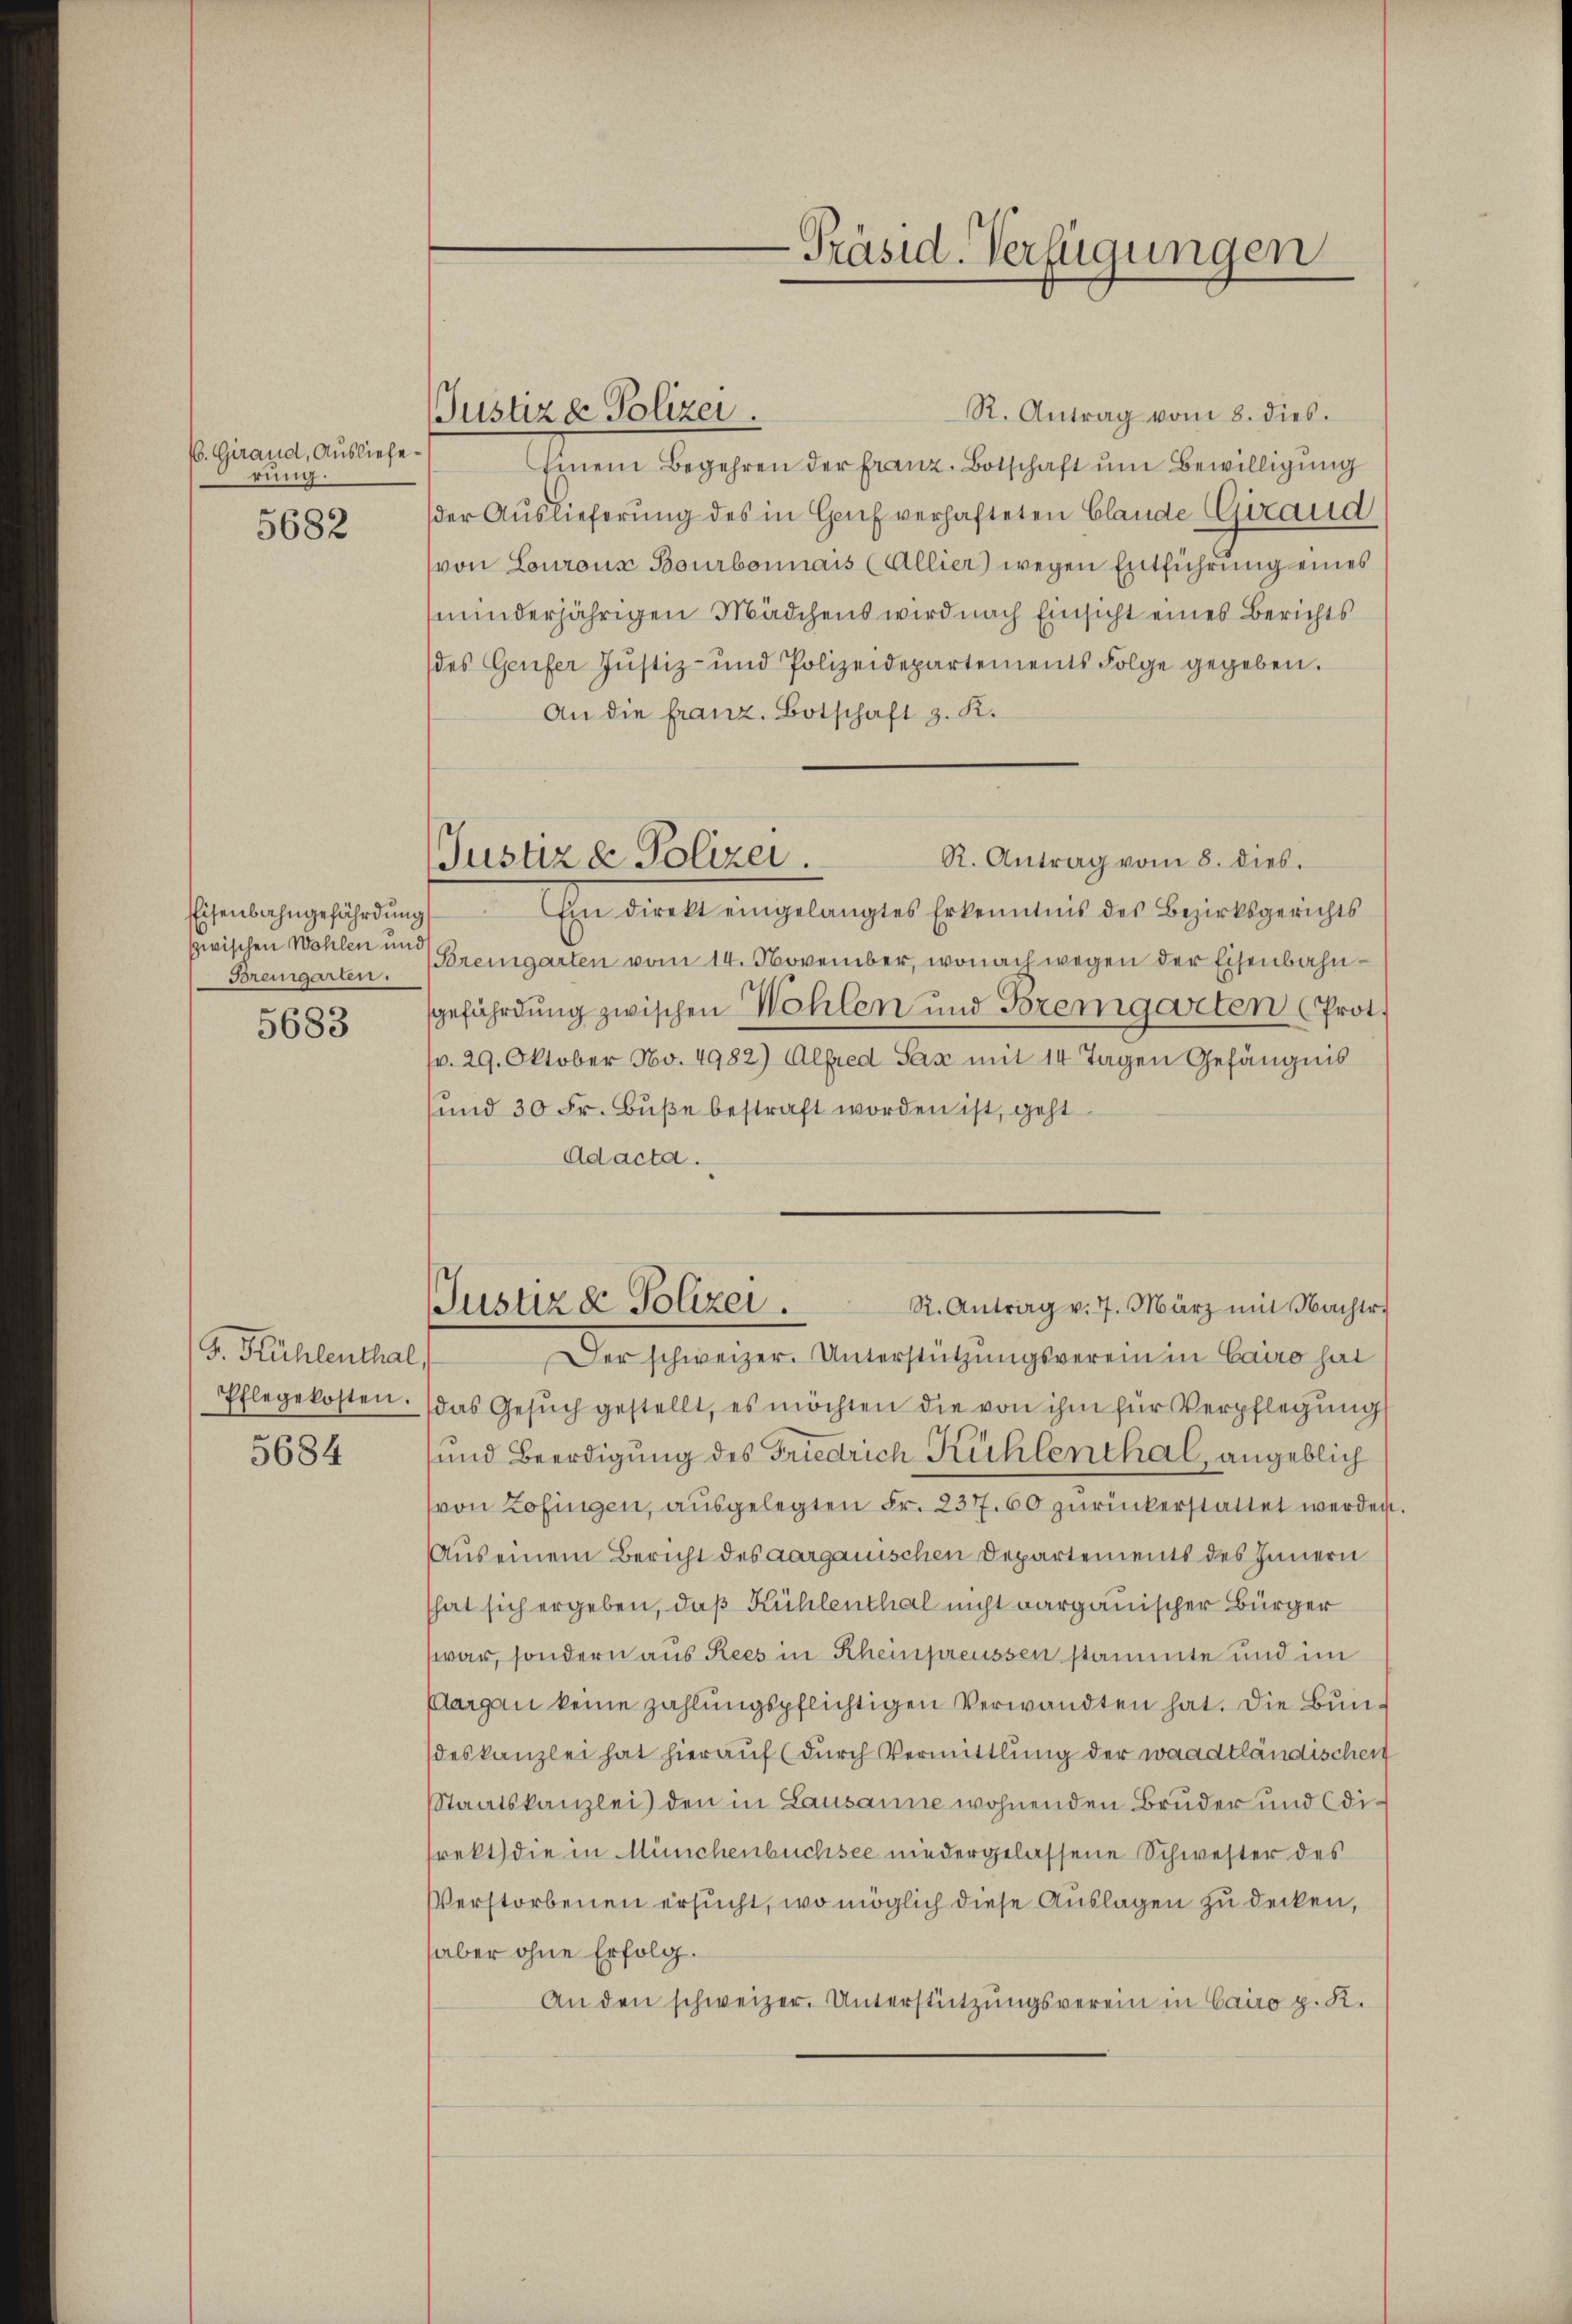
/. Giraud, Ausliefe
rung.
5682

Eisenbahngefährdung
zwischen Wohlen und
Bremgarten.

5683

G. Kühlenthal,
Pflegekosten.

5684

Justiz & Polizei.

R. Antrag vom 8. dies.
Justiz & Polizei.

-Präsid. Verfügungen

R. Antrag vom 8. dies.
Einem Begehren der Franz-Botschaft um Bewilligung
der Auslieferung des in Genf verhafteten Clande Giraud
von Lourons Bourbonnais (Allier) wegen Entführung eines
minderjährigen Mädchens wird nach Einsicht eines Berichts
des Genfer Justiz- und Polizeidepartements Folge gegeben.
An die franz. Botschaft z. K.
Ein direkt eingelangtes Erkenntnis des Bezirksgerichts
Bremgarten vom 14. November, wonach wegen der Eisenbahngefährdung zwischen Wohlen und Bremgarten (Prot.
r. 29. Oktober No. 4982) Alfred Sax mit 14 Tagen Gefängnis
und 30 Fr. Buße bestraft worden ist, geht
Ad acta.
R. Antrag v. 7. März mit Nachtr.
Justiz & Polizei.
Der schweizer. Unterstützungsverein in Cairo hat
das Gesŭch gestellt, es möchten die von ihm für Verpflegung
und Beerdigung des Friedrich Kühlenthal angeblich
von Zofingen, ausgelegten Fr. 237. 60 zurückerstattet werden
Aus einem Bericht des aargauischen Departements des Innern
hat sich ergeben, daß Kühlenthal nicht aargauischer Bürger
war, sondern aus Rees in Rheinpreussen stammte und im
Aargau keine zahlungspflichtigen Verwandten hat. Die Bundeskanzlei hat hierauf (durch Vermittlung der waadtländischen
Staatskanzlei den in Lausanne wohnenden Bruder und direkt die in Münchenbüchsee niedergelassene Schwester des
Verstorbenen ersucht, wo möglich diese Auslagen zu decken,
aber ohne Erfolg.
An den schweizer. Unterstützungsverein in Cairo p. K.